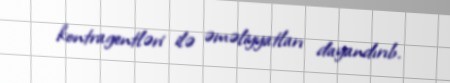
kontragentləri ilə əməliyyatları dayandırıb.